Statistical return of the lunatic asylum in Assam - 1912-1932
Year: 1912
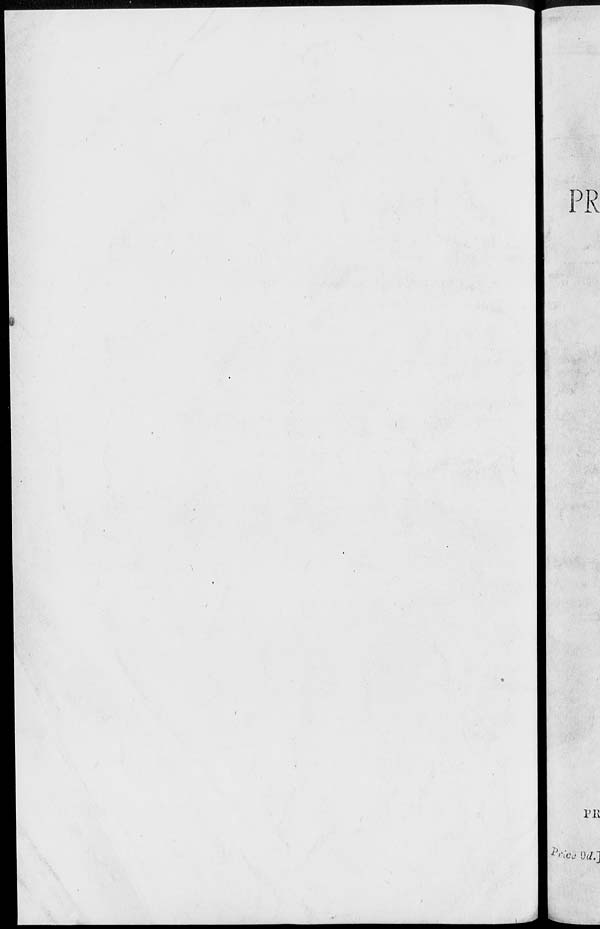
D R
lTi
;>
* ^o& l)d.]